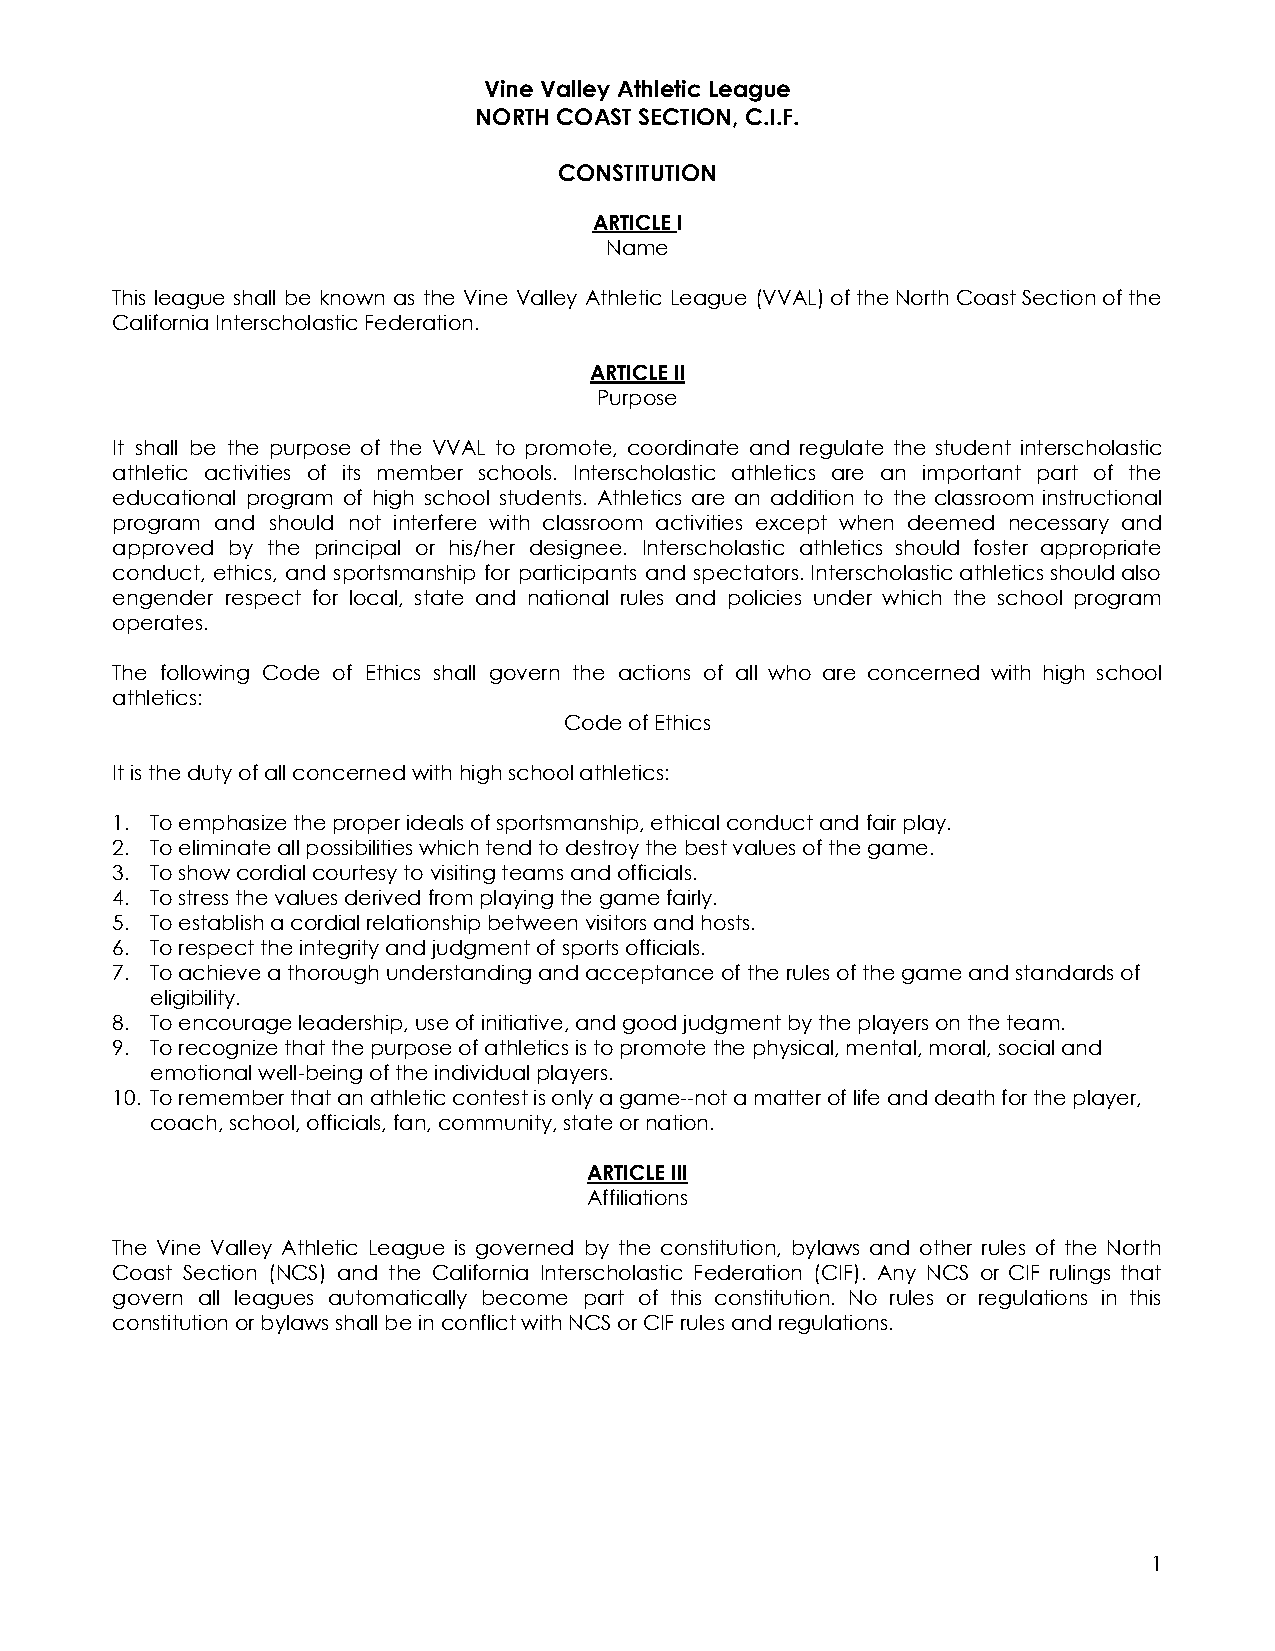
Vine Valley Athletic League
 NORTH COAST SECTION, C.I.F.
 CONSTITUTION
 ARTICLEI
 Name
 This league shall be known as the Vine Valley Athletic League (VVAL)oftheNorthCoastSectionofthe
 California Interscholastic Federation.
 ARTICLE II
 Purpose
 It shall be the purpose of the VVAL to promote, coordinate and regulate the student interscholastic
 athletic activities of its member schools. Interscholastic athletics are an important part of the
 educational program of high school students. Athletics are an addition to the classroom instructional
 program and should not interfere with classroom activities except when deemed necessary and
 approved by the principal or his/her designee. Interscholastic athletics should foster appropriate
 conduct, ethics, and sportsmanship for participants and spectators.Interscholasticathleticsshouldalso
 engender respect for local, state and national rules and policies under which the school program
 operates.
 The following Code of Ethics shall govern the actions of all who are concerned with high school
 athletics:
 Code of Ethics
 It is the duty of all concerned with high school athletics:
 1. To emphasize the proper ideals of sportsmanship, ethical conduct and fair play.
 2. To eliminate all possibilities which tend to destroy the best values of the game.
 3. To show cordial courtesy to visiting teams and officials.
 4. To stress the values derived from playing the game fairly.
 5. To establish a cordial relationship between visitors and hosts.
 6. To respect the integrity and judgment of sports officials.
 7. To achieve a thorough understanding and acceptance of the rules of the game and standards of
 eligibility.
 8. To encourage leadership, use of initiative, and good judgment by the players on the team.
 9. To recognize that the purpose of athletics is to promote the physical, mental, moral, social and
 emotional well-being of the individual players.
 10. To remember that an athletic contest is only a game--not a matter of life and death for the player,
 coach, school, officials, fan, community, state or nation.
 ARTICLE III
 Affiliations
 The Vine Valley Athletic League is governed by the constitution, bylaws and other rules of the North
 Coast Section (NCS) and the California Interscholastic Federation (CIF). Any NCS or CIF rulings that
 govern all leagues automatically become part of this constitution. No rules or regulations in this
 constitution or bylaws shall be in conflict with NCS or CIF rules and regulations.
 1